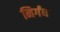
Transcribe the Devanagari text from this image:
निर्गंध